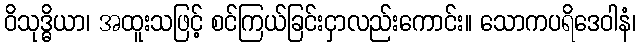
ဝိသုဒ္ဓိယာ၊ အထူးသဖြင့် စင်ကြယ်ခြင်းငှာလည်းကောင်း။ သောကပရိဒေဝါနံ၊